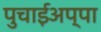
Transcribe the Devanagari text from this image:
पुचाईअप्पा